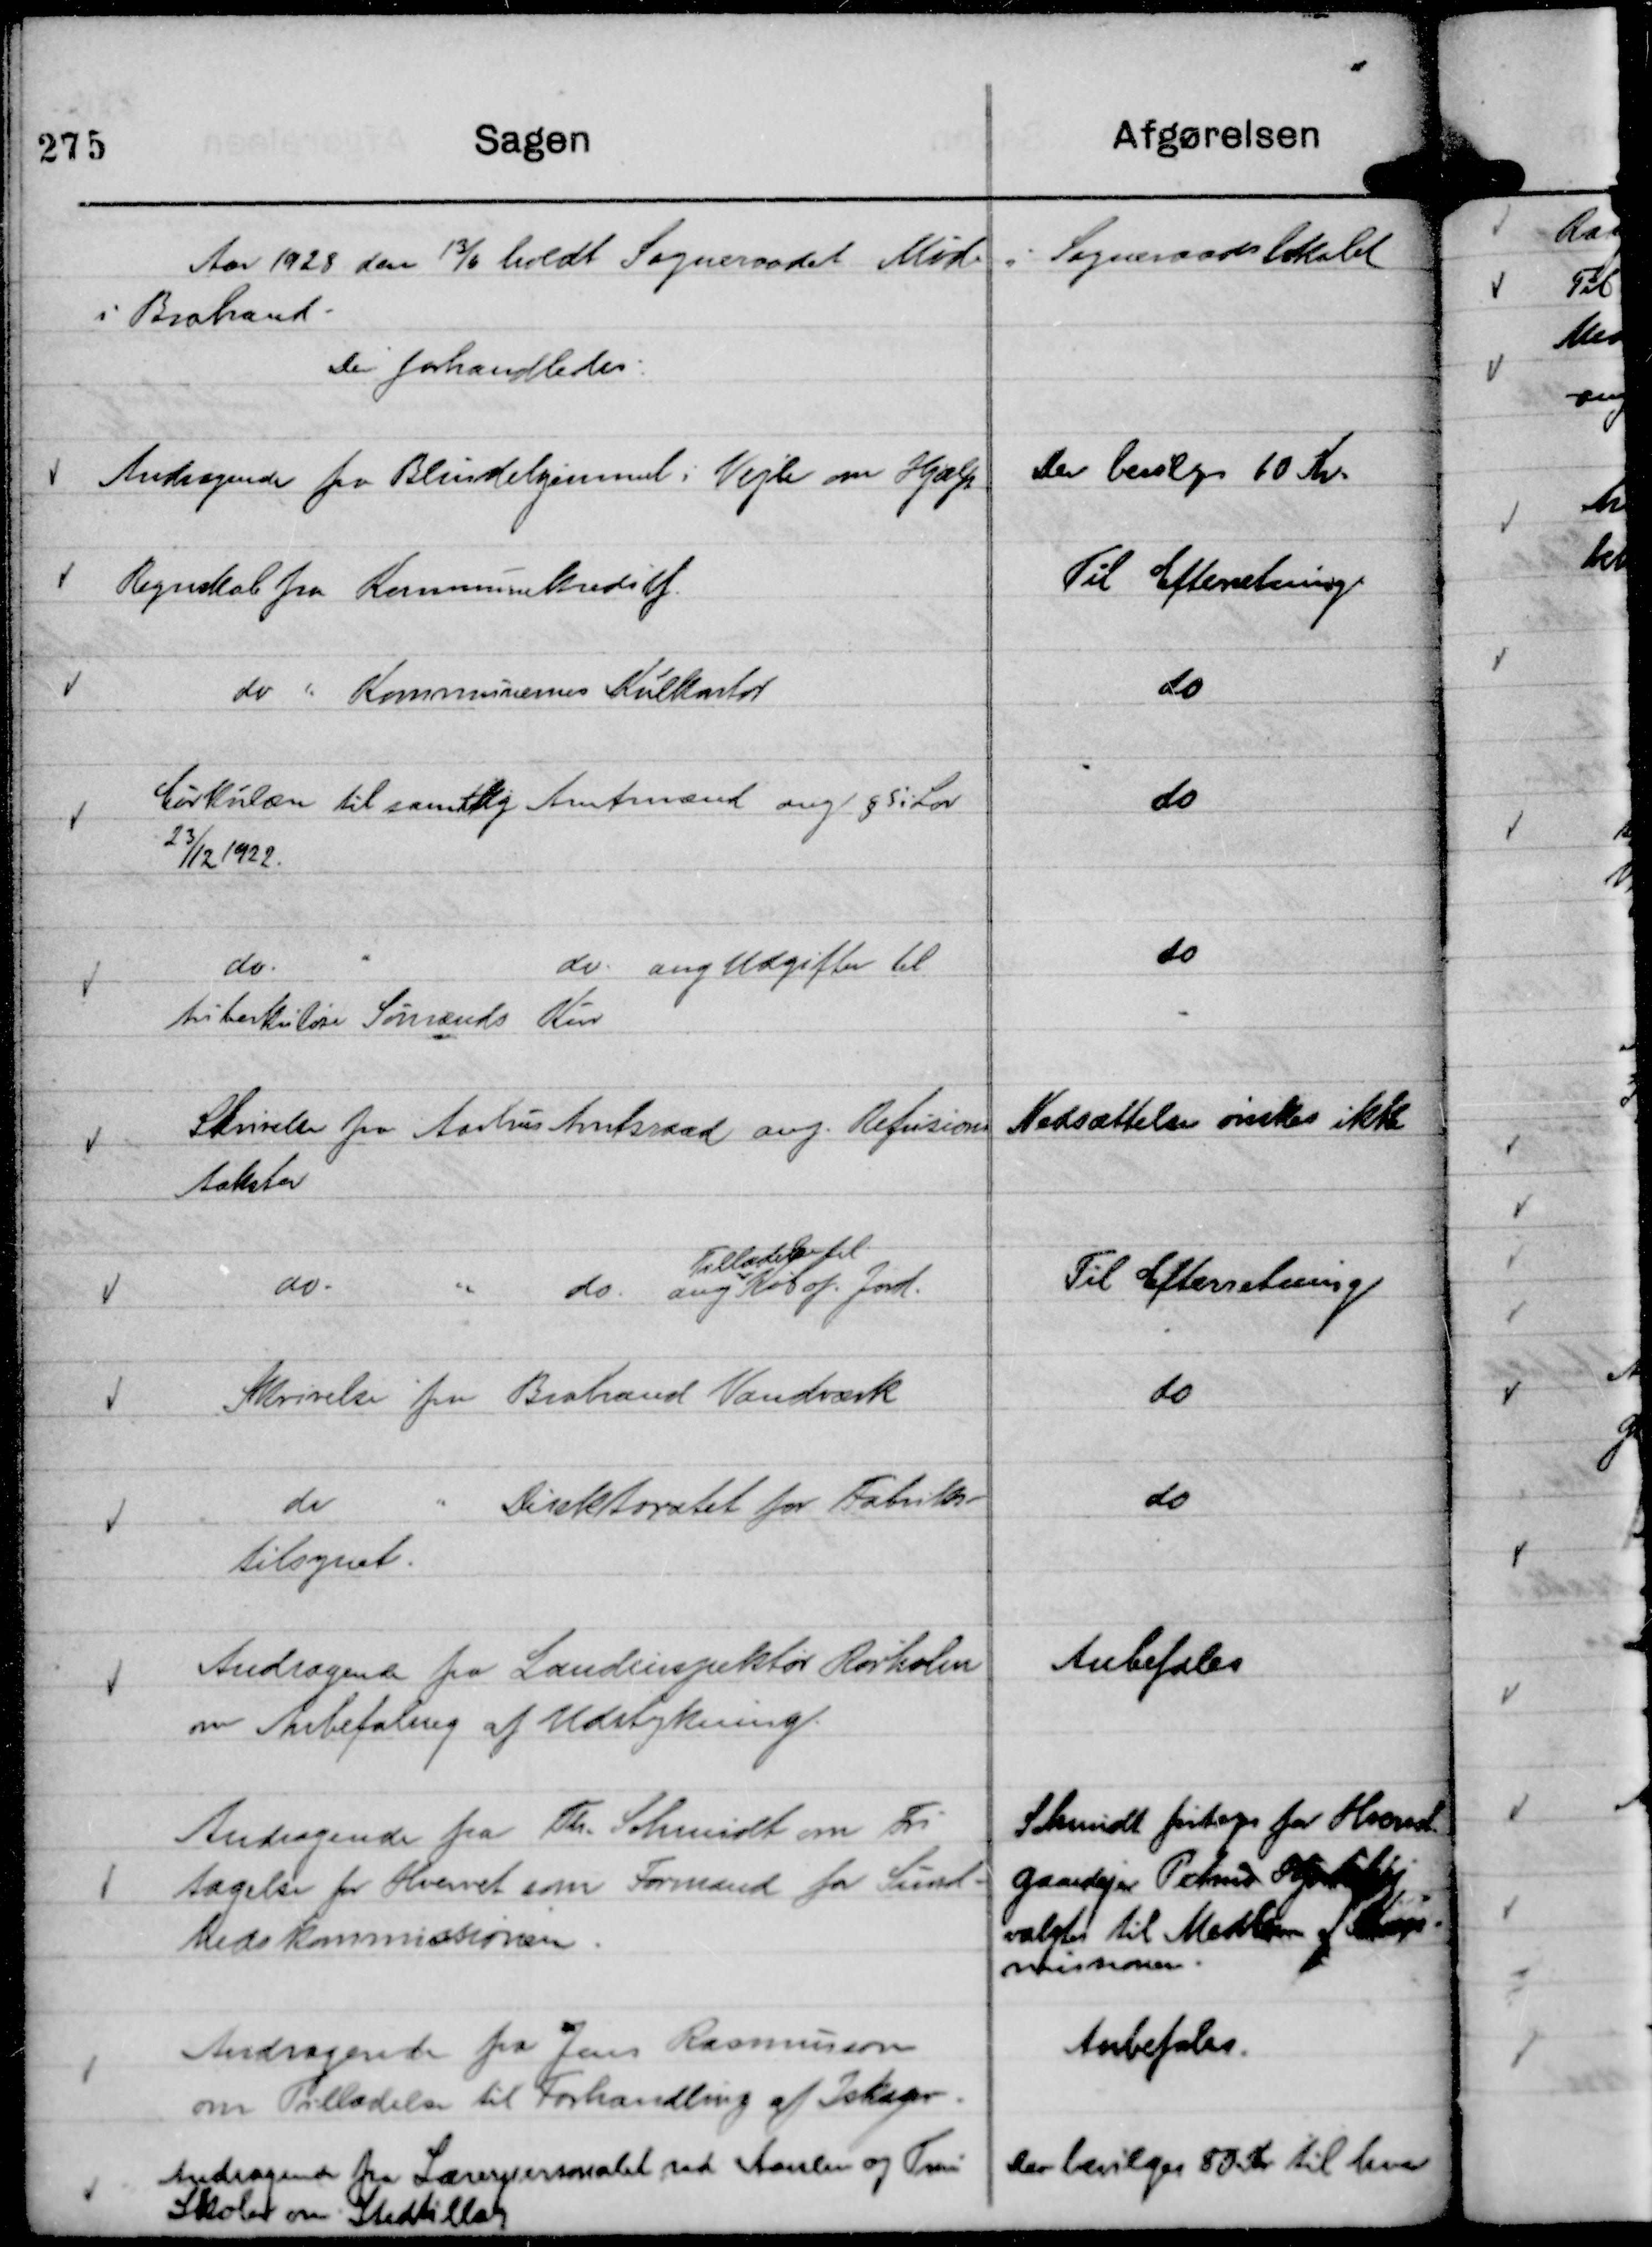
Transskription:
Aar 1928 den 13/6 holdt Sogneraadet Møde i Sogneraadslokalet
i Brabrand.
Der forhandledes:

Andragende fra Blindehjemmet i Vejle om Hjælp

Der bevilges 10 Kr.

Regnskab fra Kommunekreditf.

Til Efterretning.

do " Kommunernes Kulkontor

do

Cirkulære til samtllg Amtmænd ang § 5 i Lov

23/12 1922.

do

do.
"
do. ang Udgifter til
tuberkuløse Sømænds Kur

do

Skrivelse fra Aarhus Amtsraad ang. Refusions
takster

Nedsættelser ønskes ikke

do.
" do ang
Tilladelse til
Køb af Jord.

Til Efterretning

Skrivelse fra Brabrand Vandværk

do

do
" Direktoratet for Fabriks-
tilsynet.

do

Andragende fra Landinspektør Rørholm
om Anbefaling af Udstykning.

Anbefales

Andragende fra Th. Schmidt om Fri
tagelse for Hvervet som Formand for Sund-
hedskommissionen.

Schmidt fritages for Hvervet
gaardejer Petrus Hjortshøj
valgtes til Medlem af Kom-
missionen.

Andragende fra Jens Rasmussen
om Tilladelse til Forhandling af Iskager.

Anbefales.

Andragende fra Lærerpersonalet ved Aarslev og True
Skoler om Stedtillæg

Der bevilges 80 Kr til hver